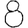
Digit: 8